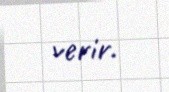
verir.